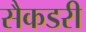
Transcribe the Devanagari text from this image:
सैकडरी